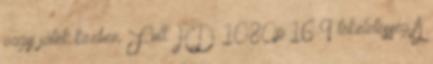
vagy játék közben. Full HD 1080p 16:9 tökéletesség A